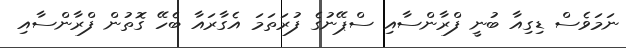
ނަމަވެސް ޑިގިއާ ބުނީ ފްރާންސާއި ސްޕޭނުގެ ފުރަތަމަ އެގާރައާ ބެހޭ ގޮތުން ފްރާންސާއި